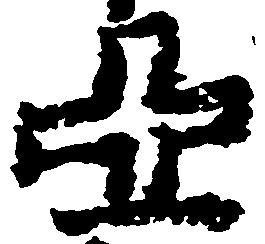
亞